Civil Veterinary Department. United Provinces 1932-42 - 1932-1942
Year: 1932
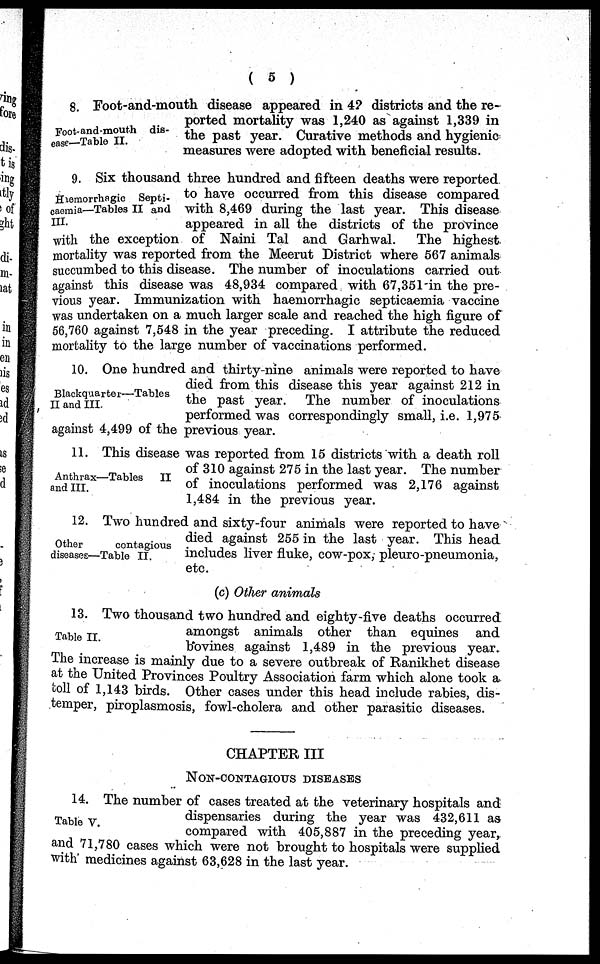
( 5 )
Foot-and-mouth dis-
ease—Table II.
8. Foot-and-mouth disease appeared in 42 districts and the re-
ported mortality was 1,240 as against 1,339 in
the past year. Curative methods and hygienic
measures were adopted with beneficial results.
Haernorrhagic Septi-
caemia—Tables II and
III.
9. Six thousand three hundred and fifteen deaths were reported
to have occurred from this disease compared
with 8,469 during the last year. This disease
appeared in all the districts of the province
with the exception of Naini Tal and Garhwal.
The highest
mortality was reported from the Meerut District where 567 animals
succumbed to this disease. The number of inoculations carried out
against this disease was 48,934 compared with 67,351'in the pre-
vious year. Immunization with haemorrhagic septicaemia vaccine
was undertaken on a much larger scale and reached the high figure of
56,760 against 7,548 in the year preceding. I attribute the reduced
mortality to the large number of vaccinations performed.
Blackquarter-—Tables
II and III.
10. One hundred and thirty-nine animals were reported to have
died from this disease this year against 212 in
the past year. The number of inoculations
performed was correspondingly small, i.e. 1,975
against 4,499 of the previous year.
Anthrax—Tables
II
and III.
11. This disease was reported from 15 districts with a death roll
of 310 against 275 in the last year. The number
of inoculations performed was 2,176 against
1,484 in the previous year.
Other
contagious
diseases—Table II.
12. Two hundred and sixty-four animals were reported to have
died against 255 in the last year. This head
includes liver fluke, cow-pox, pleuro-pneumonia,
etc.
(c) Other animals
Table II.
13. Two thousand two hundred and eighty-five deaths occurred
amongst animals other than equines and
bovines against 1,489 in the previous year.
The increase is mainly due to a severe outbreak of Ranikhet disease
at the United Provinces Poultry Association farm which alone took a
toll of 1,143 birds. Other cases under this head include rabies, dis-
temper, piroplasmosis, fowl-cholera and other parasitic diseases.
CHAPTER III
NON-CONTAGIOUS DISEASES
Table V.
14. The number of cases treated at the veterinary hospitals and
dispensaries during the year was 432,611 as
compared with 405,887 in the preceding year,
and 71,780 cases which were not brought to hospitals were supplied
with medicines against 63,628 in the last year.